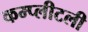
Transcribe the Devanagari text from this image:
कम्प्लीटली